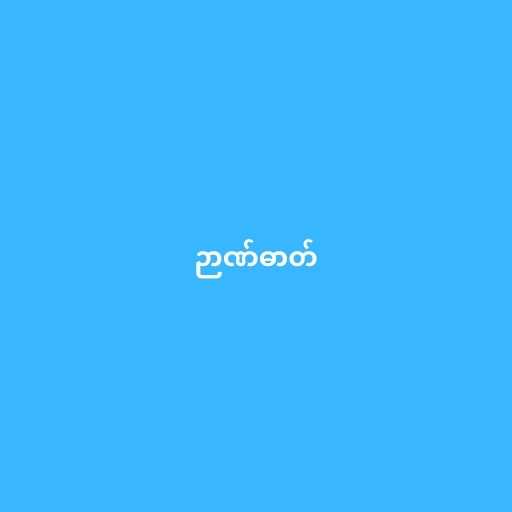
ဉာဏ်ဓာတ်